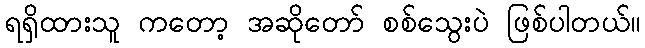
ရရှိထားသူ ကတော့ အဆိုတော် စစ်သွေးပဲ ဖြစ်ပါတယ်။